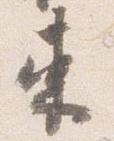
束